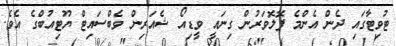
ޓުވިޓާގައި ދެން އެންމެ ފޮލޮވަރުން ގިނައީ ވީޑިއޯ ޝެއަރިން ވެބްސައިޓް ޔޫޓިއުބްގެ އެވެ.